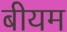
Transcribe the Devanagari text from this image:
बीयम